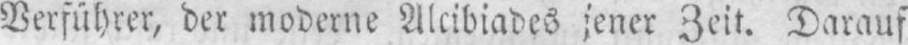
Verführer, der moderne Alcibiades jener Zeit. Darauf